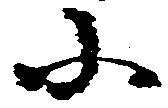
小